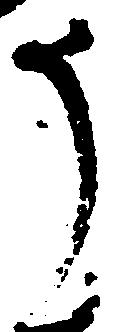
う